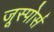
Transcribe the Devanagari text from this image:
जूस्पोर्स